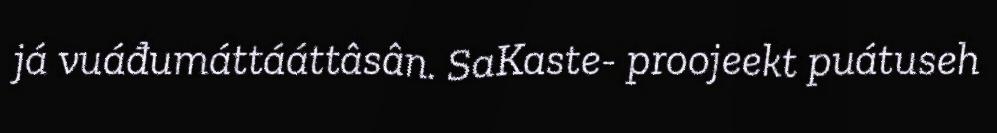
já vuáđumáttááttâsân. SaKaste- proojeekt puátuseh